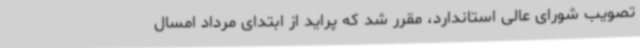
تصویب شورای عالی استاندارد، مقرر شد که پراید از ابتدای مرداد امسال